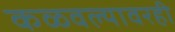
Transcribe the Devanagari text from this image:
कळवल्यावरही